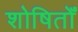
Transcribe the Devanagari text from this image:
शोषितोँ